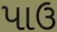
પાઉ